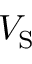
V _ { \mathrm { { S } } }